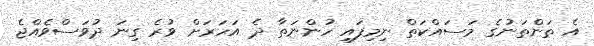
އެ ތަންތަނުގެ މަސައްކަތް ނިމިފައި ހުންނަތާ ދެ އަހަރަށް ވުރެ ގިނަ ދުވަސްވެއްޖެ